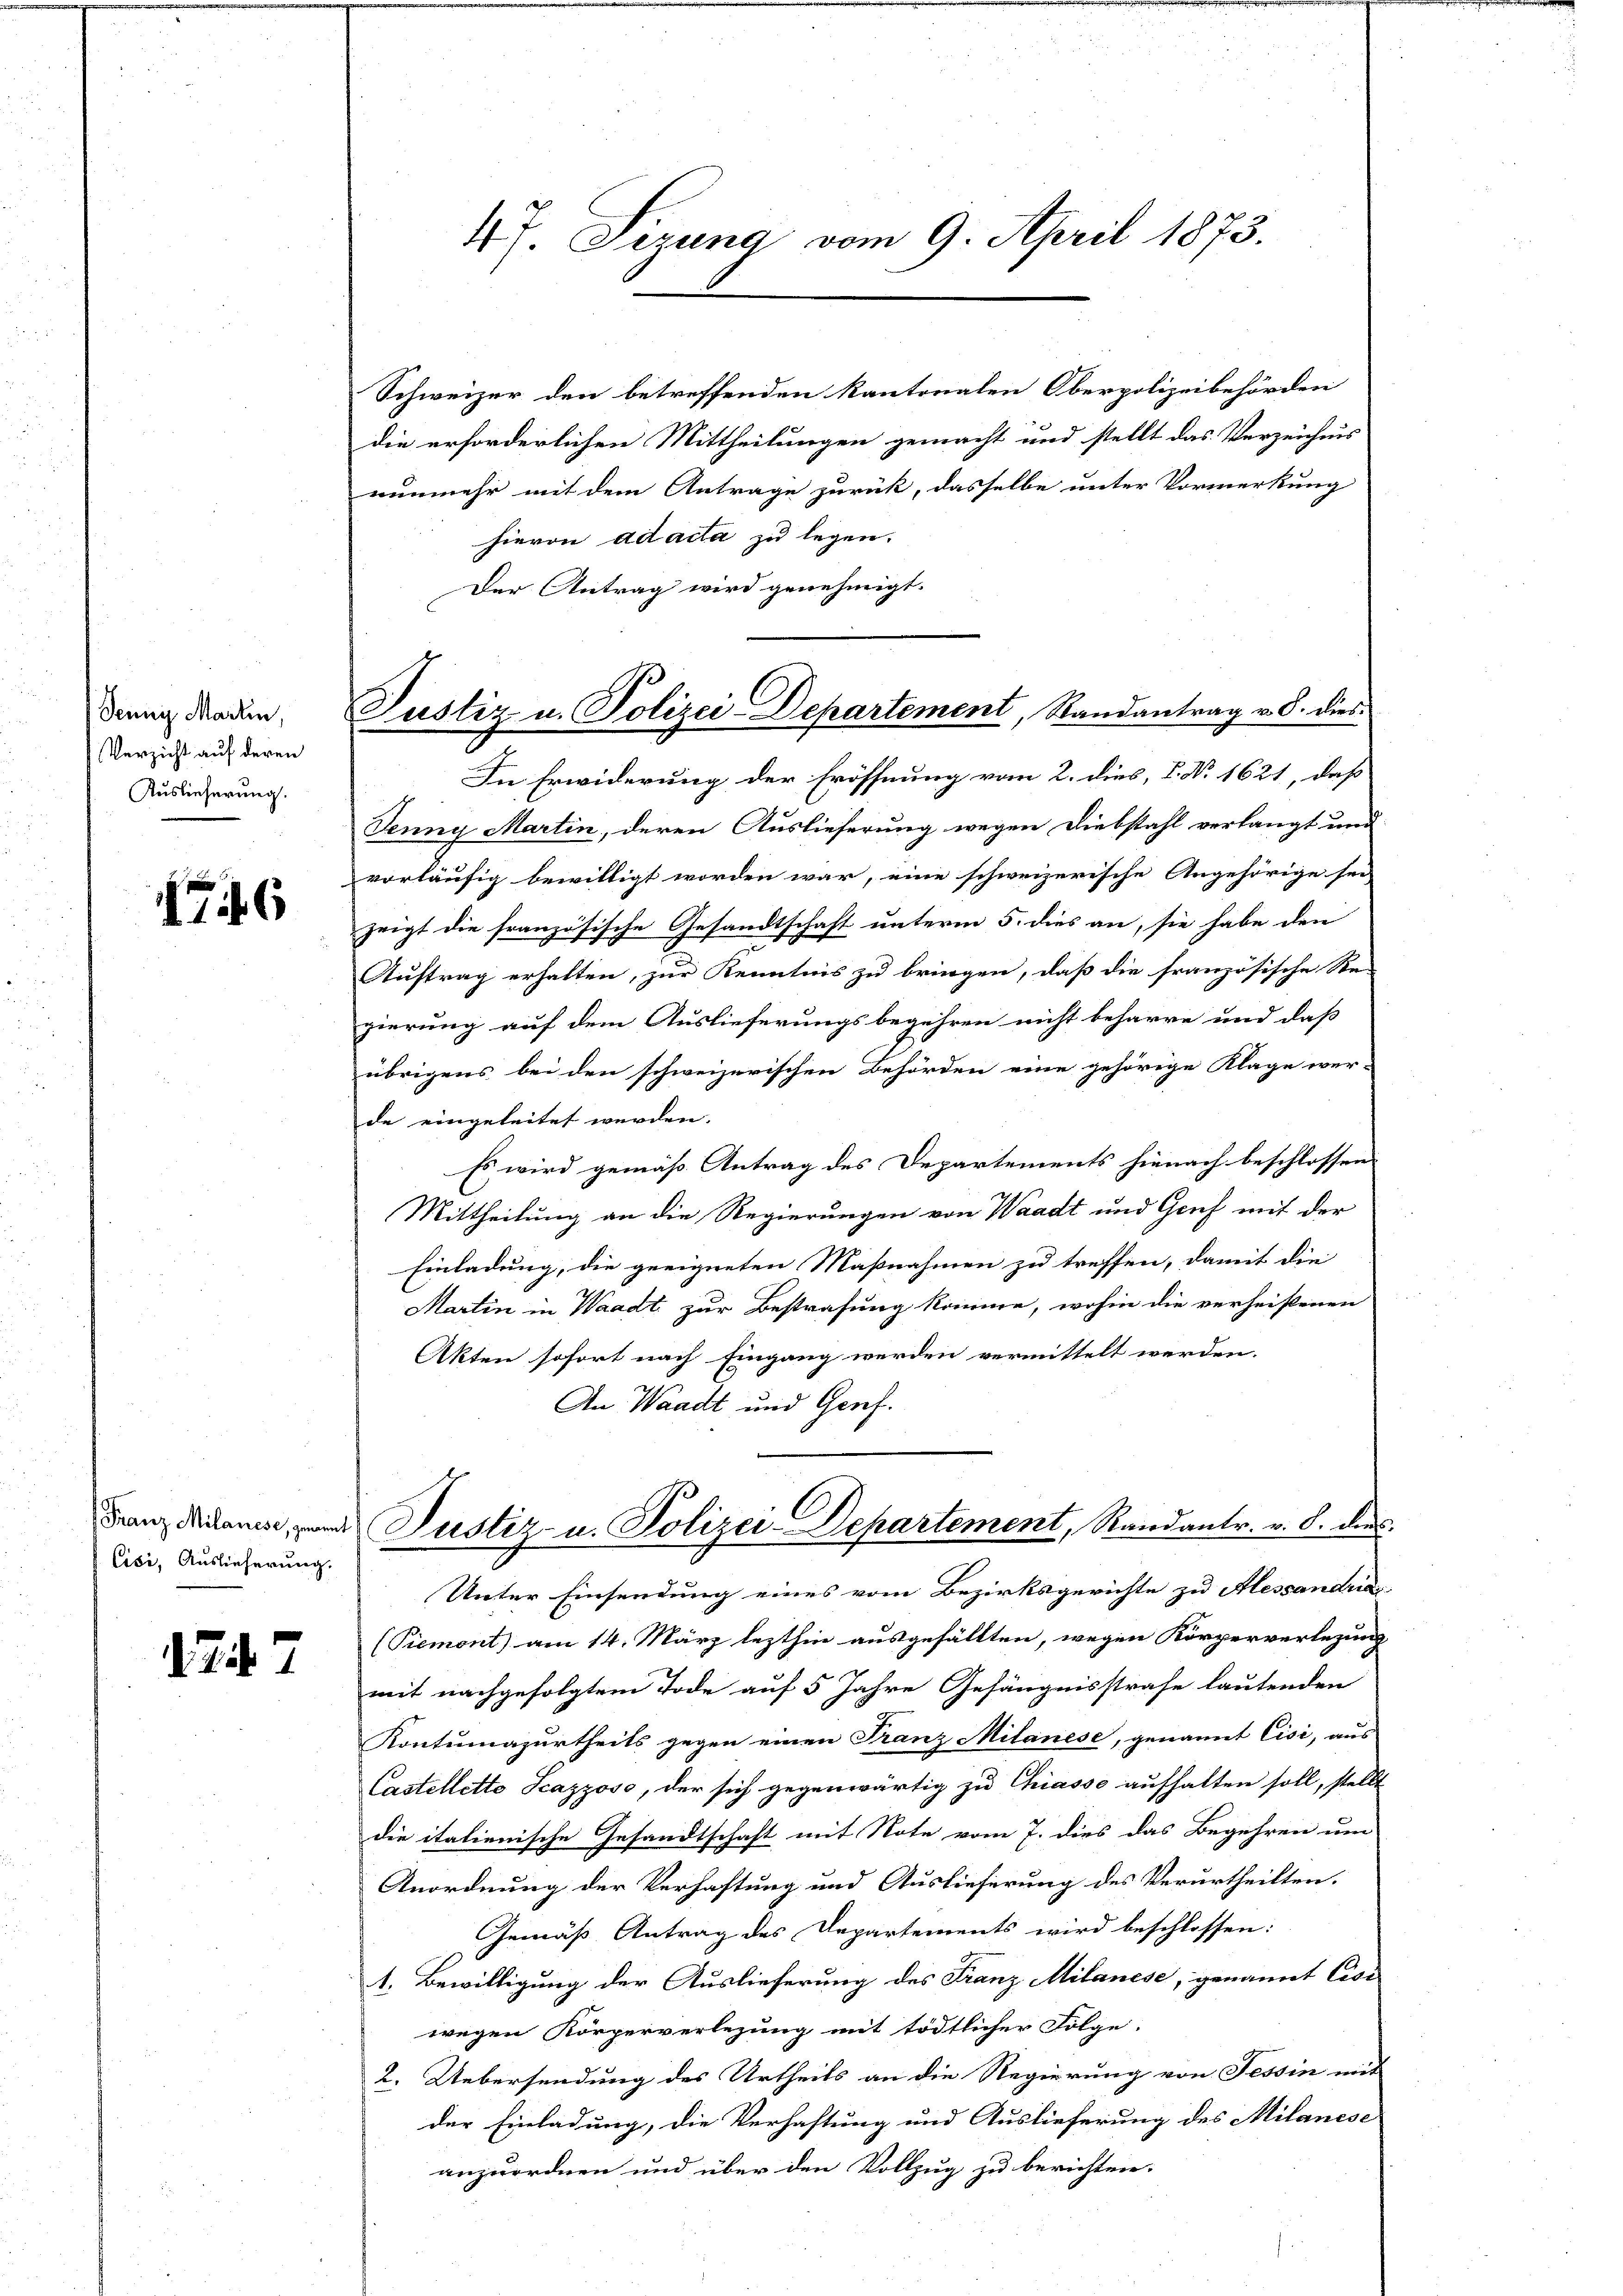
Jenny Martin,
Verzicht auf deren
Auslieferung.

746

Cisi, Auslieferung.

1747

Schweizer den betreffenden Kantonalen Oberpolizeibehörden
die erforderlichen Mittheilungen gemacht und stellt das Verzeichnis
nunmehr mit dem Antrage zurück, dasselbe unter Vormerkung
hievon ad acta zu legen.
Der Antrag wird genehmigt.

47. Sizung vom 9. April 1873.

Justiz u. Polizei-Departement, Randantrag v. 8. dies

In Erwiderung der Eröffnung vom 2. dies, P. Nr. 1621, daß
Jenny Martin, deren Auslieferung wegen Diebstahl verlangt und
vorläufig bewilligt worden war, eine schweizerische Angehörige sei
zeigt die französische Gesandtschaft unterm 5. dies an, sie habe den
Auftrag erhalten, zur Kenntnis zu bringen, daß die französische Re-
gierung auf dem Auslieferungsbegehren nicht beharre und daß
übrigens bei den schweizerischen Behörden eine gehörige Klage wer-
de eingeleitet werden. |
Es wird gemäß Antrag des Departements hienach beschlossen
Mittheilung an die Regierungen von Waadt und Genf mit der
Einladung, die geeigneten Maßnahmen zu treffen, damit die
Martin in Waadt zur Bestrafung komme, wohin die verheistenen
Akten sofort nach Eingang werden vermittelt werden.
An Waadt und Genf.
Tanz diame, und Justiz- u. Polizei-Departement, Randantr. v. 8. dies
Unter Einsendung eines vom Bezirksgerichte zu Alessandras
(Piemont) am 14. März lezthin ausgefällten, wegen Körperverlegung
mit nachgefolgtem Tode auf 5 Jahre Gefängnisstrafe lautenden
Kontumazurtheils gegen einen Franz Milanese, genannt Cisi, aus
Castellette Scazzoso, der sich gegenwärtig zu Chiasso aufhalten soll, stellt
die italienische Gesandtschaft mit Note vom 7. dies das Begehren um
Anordnung der Verhaftung und Auslieferung des Verurtheilten.
Gemäß Antrag des Departements wird beschlossen:
1. Bewilligung der Auslieferung des Franz Milanese, genannt Casi
wegen Körperverlegung mit tödtlicher Folge.
2. Uebersendung des Urtheils an die Regierung von Tessin mit
der Einladung, die Verhaftung und Auslieferung des Milanese
anzuordnen und über den Vollzug zu berichten.